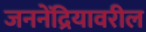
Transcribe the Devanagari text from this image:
जननेंद्रियावरील